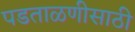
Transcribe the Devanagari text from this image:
पडताळणीसाठी